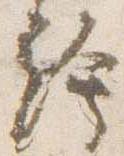
絵